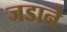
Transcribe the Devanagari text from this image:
जडाने